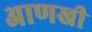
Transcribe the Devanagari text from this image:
अाणखी